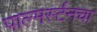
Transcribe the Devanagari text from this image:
पाल्मर्स्टनचा